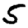
Digit: 5